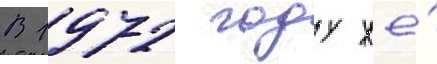
В 1972 году же́